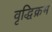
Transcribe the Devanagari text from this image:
वृद्धिक्रम